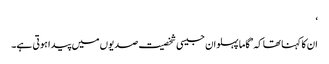
‘
ان کا کہنا تھا کہ ’گاما پہلوان جیسی شخصیت صدیوں میں پیدا ہوتی ہے۔